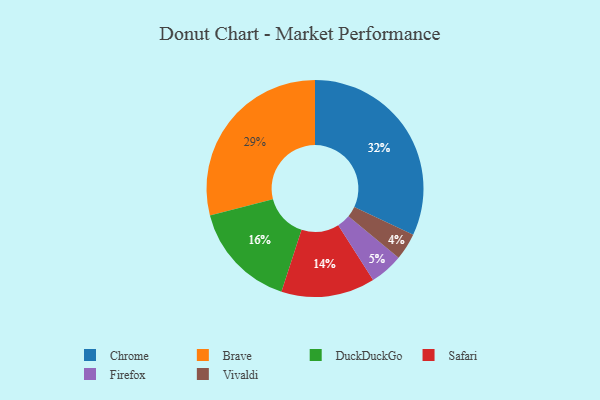
{"axis": {"x": "Category", "y": "Percentage"}, "legend": ["Brave", "Chrome", "DuckDuckGo", "Firefox", "Safari", "Vivaldi"], "data": [{"x": "Firefox", "y": 5, "type": "Firefox"}, {"x": "Brave", "y": 29, "type": "Brave"}, {"x": "DuckDuckGo", "y": 16, "type": "DuckDuckGo"}, {"x": "Safari", "y": 14, "type": "Safari"}, {"x": "Chrome", "y": 32, "type": "Chrome"}, {"x": "Vivaldi", "y": 4, "type": "Vivaldi"}]}